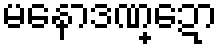
မနောဒဏ္ဍော